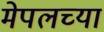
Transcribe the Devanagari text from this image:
मेपलच्या